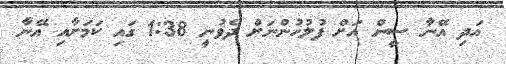
އަދި އޭނާ ސީން އަށް ފުލުހުންނަށް ދެވުނީ 1:38 ގައި ކަމަށާއި އޭނާ